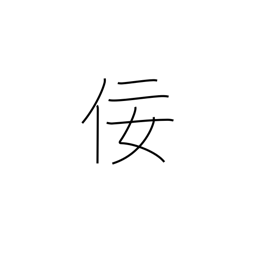
Meaning: flattery